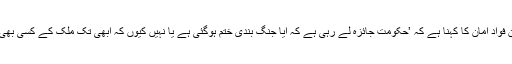
اس حوالے سے افغان محکمہ دفاع کے ترجمان فواد امان کا کہنا ہے کہ ’حکومت جائزہ لے رہی ہے کہ آیا جنگ بندی ختم ہوگئی ہے یا نہیں کیوں کہ ابھی تک ملک کے کسی بھی حصے سے بڑے حملے کی اطلاع نہیں آئی‘۔